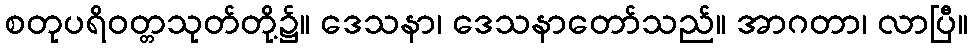
စတုပရိဝတ္တသုတ်တို့၌။ ဒေသနာ၊ ဒေသနာတော်သည်။ အာဂတာ၊ လာပြီ။